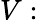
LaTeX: V: